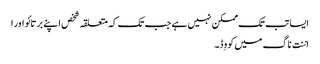
ایسا تب تک ممکن نہیں ہے جب تک کہ متعلقہ شخص اپنے برتائو اور ا
اننت ناگ میں کووِڈ۔